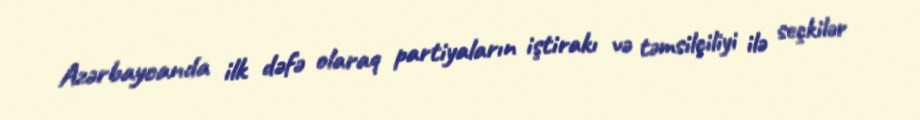
Azərbaycanda ilk dəfə olaraq partiyaların iştirakı və təmsilçiliyi ilə seçkilər